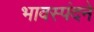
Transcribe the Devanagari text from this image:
भावस्पंदने